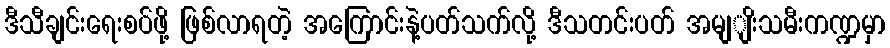
ဒီသီချင်းရေးစပ်ဖို့ ဖြစ်လာရတဲ့ အကြောင်းနဲ့ပတ်သက်လို့ ဒီသတင်းပတ် အမျျိးသမီးကဏ္ဍမှာ